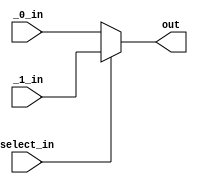
module mux#(parameter W = 32)
	(
	input select_in,
	input [W-1:0] _0_in,
	input [W-1:0] _1_in,
	output reg [W-1:0] out
	);
	
	always @(*)
		begin
			out= 32'h00000000;
			if(select_in)
				begin
					out = _1_in;
				end
			else
				begin
					out = _0_in;
				end
		end
endmodule